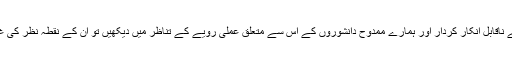
اگر ہم اپنی عملی زندگی میں سائنس اور سائنسی ایجادات و اکتشافات کے ناقابلِ انکار کردار اور ہمارے ممدوح دانشوروں کے اس سے متعلق عملی رویے کے تناظر میں دیکھیں تو ان کے نقطہ نظر کی غلطی اور سطحیت اور نمایاں ہوتی ہے اور وہ مذاق بن کر رہ جاتے ہیں۔